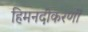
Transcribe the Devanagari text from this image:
हिमनदीकरणों